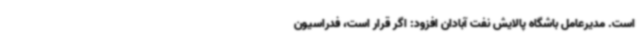
است. مدیرعامل باشگاه پالایش نفت آبادان افزود: اگر قرار است، فدراسیون